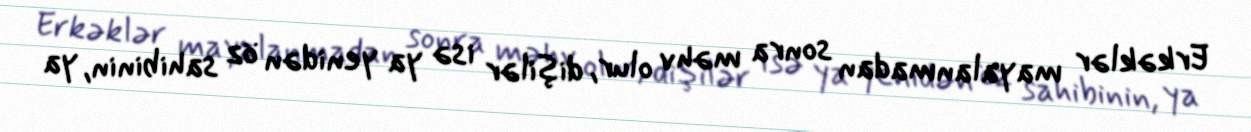
Erkəklər mayalanmadan sonra məhv olur, dişilər isə ya yenidən öz sahibinin, ya